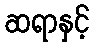
ဆရာနှင့်